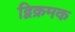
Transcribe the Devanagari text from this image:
द्विक्रमक